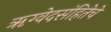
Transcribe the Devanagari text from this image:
ॠग्वेदसंहितेचे